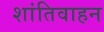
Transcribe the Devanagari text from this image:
शांतिवाहन